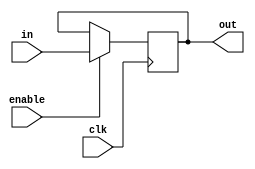
////////////////////////////////////////////////////////////////////////////////////////////////////////
//
// Institution   : Bandung Institute of Technology
//
// Design Name   : DFlipFlop without reset port
// Module Name   : Dflipflopbp64
// Project Name  : LSI Design Contest in Okinawa 2018
// Target Devices: Zynq 7000
// Tool versions : Vivado v.2016.4
//
// Description: 
// 		Specialized DFlipFlop without reset functionality
// 
//
// Revision: 
// Revision 0.01 - File Created
//
///////////////////////////////////////////////////////////////////////////////////////////////////////

module Dflipflopbp64 (clk,in,enable,out);


parameter IWIDTH=64;

input clk;
input signed [IWIDTH-1:0] in;
output reg signed [IWIDTH-1:0] out;
input enable;

always @(posedge clk)
begin
	if (enable==1)
	begin
		out<=in;
	end
end

endmodule